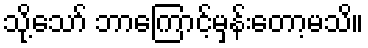
သို့သော် ဘာကြောင့်မှန်းတော့မသိ။